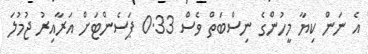
އެ ނަން ކިޔާ މީހުންގެ ނިސްބަތް ވެސް 0.33 ޕަސެންޓަށް އަރާއިރު ޖުމުލަ